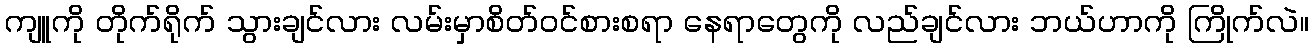
ကျူကို တိုက်ရိုက် သွားချင်လား လမ်းမှာစိတ်ဝင်စားစရာ နေရာတွေကို လည်ချင်လား ဘယ်ဟာကို ကြိုက်လဲ။